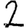
Digit: 2